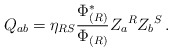
\begin{align*}Q_{ab} = \eta_{RS}{\Phi^*_{(R)}\over \Phi_{(R)}}Z_a{}^R Z_b{}^S\,.\end{align*}